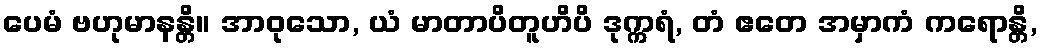
ပေမံ ဗဟုမာနန္တိ။ အာဝုသော, ယံ မာတာပိတူဟိပိ ဒုက္ကရံ, တံ ဧတေ အမှာကံ ကရောန္တိ,